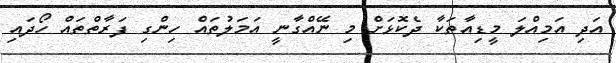
އަދި އަމިއްލަ މީޑިއާތަކާ ދެކޮޅަށް މި ނޭއްގާނީ އަމަލުތައް ހިންގި ފަރާތްތައް ހޯދައި